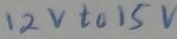
Text: 12v to 15v